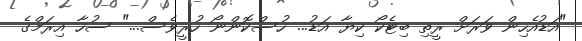
"އަޑުއެހިން ވަރަށް ރީތި ބިޓެކޯ ކިޔާ އަޑު... ހުސްކޮންނޯ ހުރީވެސް..." ސުހާ އިރަމްގެ